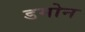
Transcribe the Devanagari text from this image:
डमोन